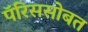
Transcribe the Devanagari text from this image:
पॅरिससोबत